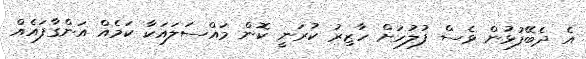
އެ ދެބޭފުޅުން ވެސް ފުލުހަށް ހާޒިރު ކުރަނީ ކޮން މައްސަލައަކާ ކަމެއް އަންގާފައެއް